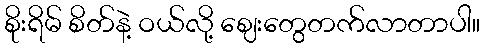
စိုးရိမ် စိတ်နဲ့ ဝယ်လို့ ဈေးတွေတက်လာတာပါ။